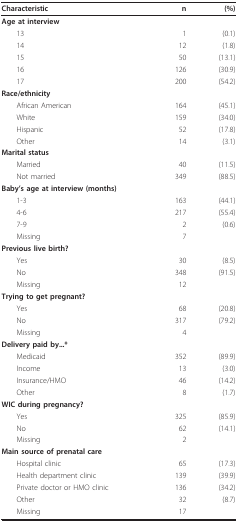
| Characteristic | n | (%) |
 | --- | --- | --- |
 | Age at interview |  |  |
 | 13 | 1 | (0.1) |
 | 14 | 12 | (1.8) |
 | 15 | 50 | (13.1) |
 | 16 | 126 | (30.9) |
 | 17 | 200 | (54.2) |
 | Race/ethnicity |  |  |
 | African American | 164 | (45.1) |
 | White | 159 | (34.0) |
 | Hispanic | 52 | (17.8) |
 | Other | 14 | (3.1) |
 | Marital status |  |  |
 | Married | 40 | (11.5) |
 | Not married | 349 | (88.5) |
 | Baby's age at interview (months) |  |  |
 | 1-3 | 163 | (44.1) |
 | 4-6 | 217 | (55.4) |
 | 7-9 | 2 | (0.6) |
 | Missing | 7 |  |
 | Previous live birth? |  |  |
 | Yes | 30 | (8.5) |
 | No | 348 | (91.5) |
 | Missing | 12 |  |
 | Trying to get pregnant? |  |  |
 | Yes | 68 | (20.8) |
 | No | 317 | (79.2) |
 | Missing | 4 |  |
 | Delivery paid by...* |  |  |
 | Medicaid | 352 | (89.9) |
 | Income | 13 | (3.0) |
 | Insurance/HMO | 46 | (14.2) |
 | Other | 8 | (1.7) |
 | WIC during pregnancy? |  |  |
 | Yes | 325 | (85.9) |
 | No | 62 | (14.1) |
 | Missing | 2 |  |
 | Main source of prenatal care |  |  |
 | Hospital clinic | 65 | (17.3) |
 | Health department clinic | 139 | (39.9) |
 | Private doctor or HMO clinic | 136 | (34.2) |
 | Other | 32 | (8.7) |
 | Missing | 17 |  |